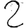
Digit: 2